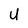
Character: U